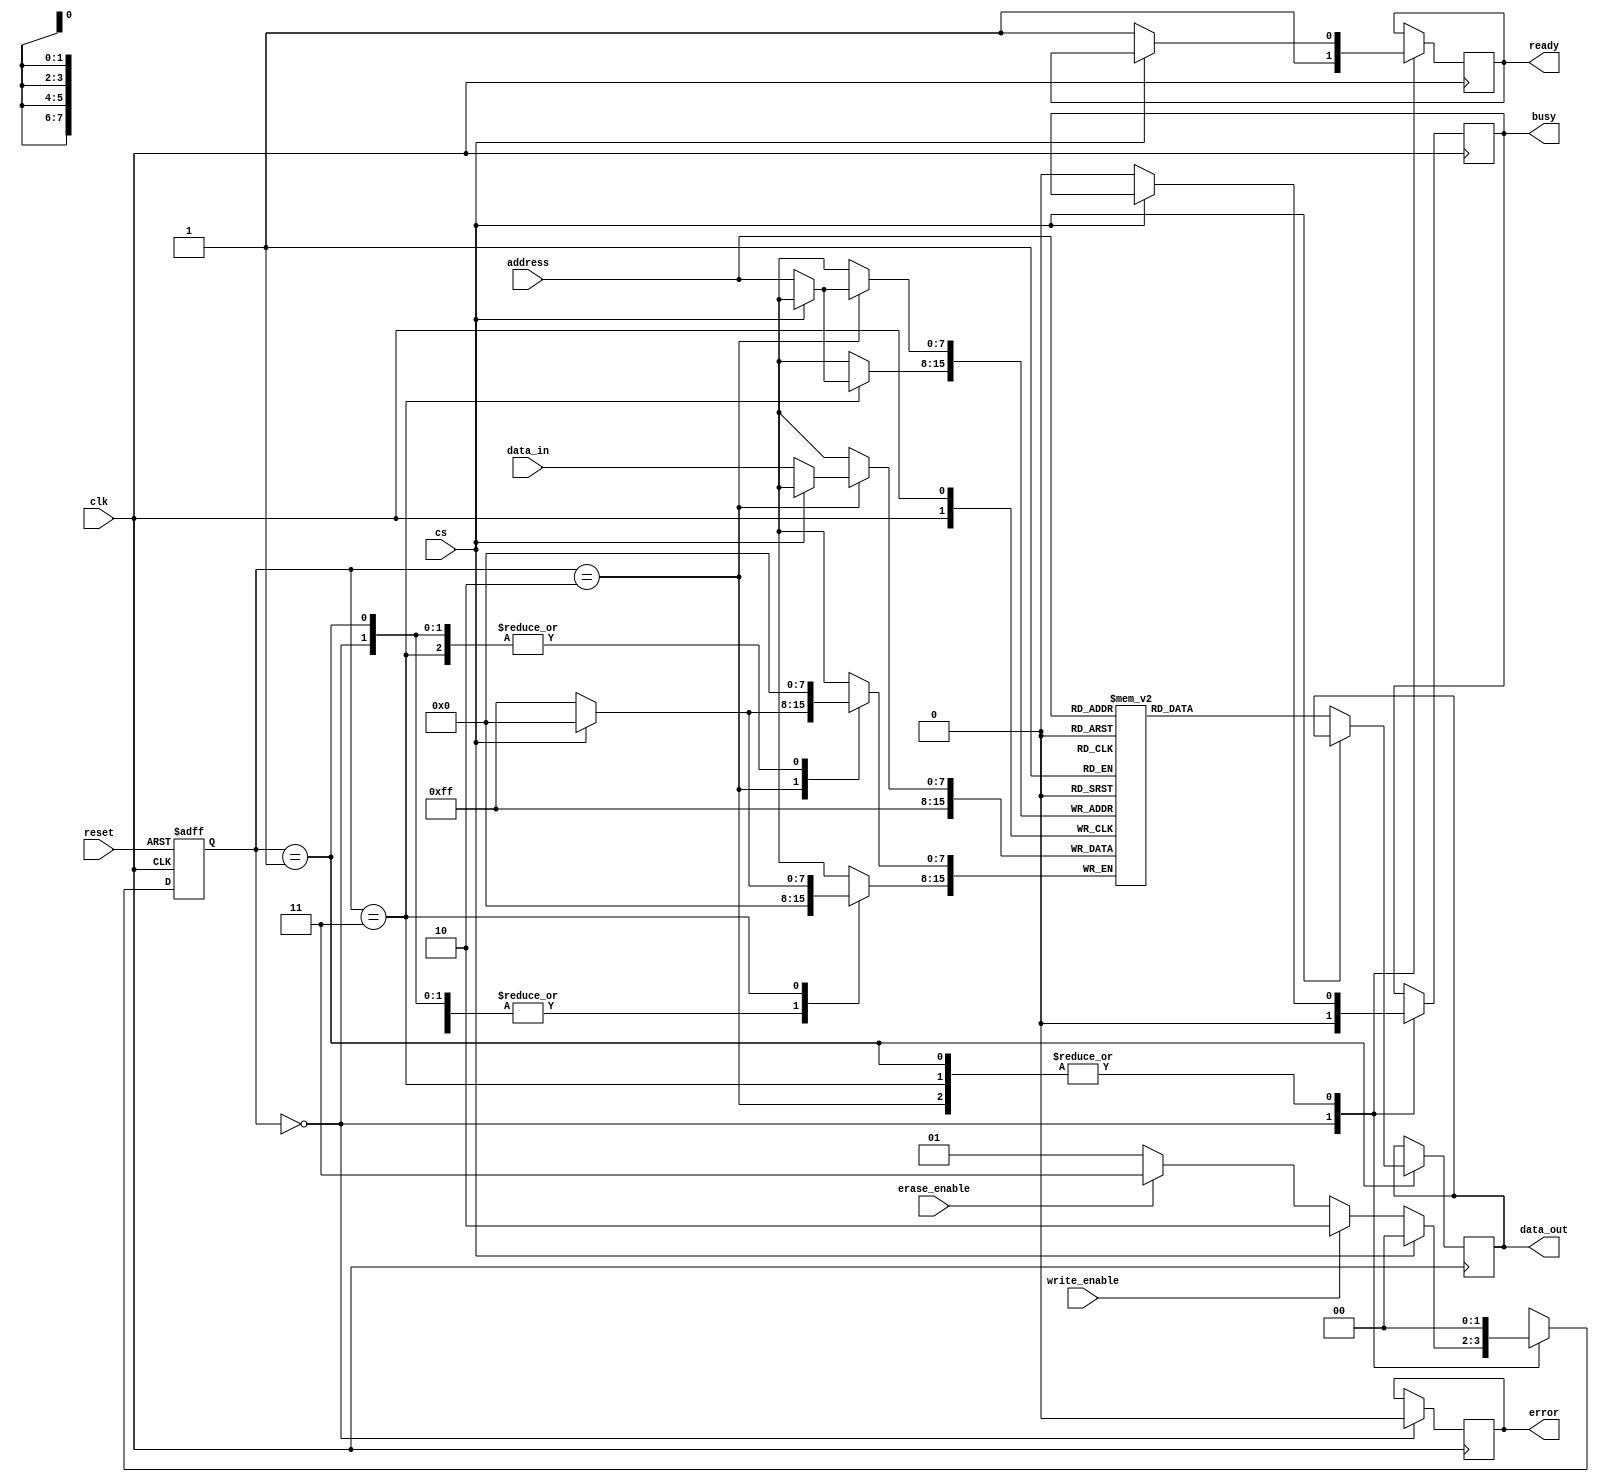
module FlashEEPROM (
    input wire clk,            // System clock
    input wire reset,          // Asynchronous reset
    input wire cs,            // Chip Select
    input wire [7:0] address,  // Address bus (8 bits)
    input wire [7:0] data_in,   // Data input bus
    input wire write_enable,    // Write enable signal
    input wire erase_enable,     // Erase enable signal
    output reg [7:0] data_out,   // Data output bus
    output reg ready,           // Ready status signal
    output reg busy,            // Busy status signal
    output reg error            // Error status signal
);

    // Memory declaration
    reg [7:0] memory [255:0];  // 256 bytes of memory
    reg [1:0] state;           // State machine current state
    reg [1:0] next_state;      // State machine next state

    // State encoding
    localparam IDLE = 2'b00;
    localparam READ = 2'b01;
    localparam WRITE = 2'b10;
    localparam ERASE = 2'b11;

    // Status Register
    initial begin
        ready = 1'b1;
        busy = 1'b0;
        error = 1'b0;
        state = IDLE;
    end

    // State Machine
    always @(posedge clk or posedge reset) begin
        if (reset) begin
            state <= IDLE;
        end else begin
            state <= next_state;
        end
    end

    // Next state logic
    always @(*) begin
        case(state)
            IDLE: begin
                if (cs == 0) begin
                    if (write_enable) begin
                        next_state = WRITE;
                    end else if (erase_enable) begin
                        next_state = ERASE;
                    end else begin
                        next_state = READ;
                    end
                end else begin
                    next_state = IDLE;
                end
            end
            READ: begin
                next_state = IDLE;
            end
            WRITE: begin
                next_state = IDLE;
            end
            ERASE: begin
                next_state = IDLE;
            end
            default: next_state = IDLE;
        endcase
    end

    // Memory operation logic
    always @(posedge clk) begin
        case(state)
            IDLE: begin
                ready <= 1;
                busy <= 0;
                error <= 0;
            end
            READ: begin
                if (cs == 0) begin
                    data_out <= memory[address]; // Read data from memory
                    ready <= 1;
                    busy <= 0;
                end
            end
            WRITE: begin
                if (cs == 0) begin
                    memory[address] <= data_in; // Write data to memory
                    ready <= 1;
                    busy <= 0;
                end
            end
            ERASE: begin
                if (cs == 0) begin
                    // Erase logic (set memory block to 0xFF)
                    memory[address] <= 8'hFF; // Simplified erase operation
                    ready <= 1;
                    busy <= 0;
                end
            end
        endcase
    end

endmodule